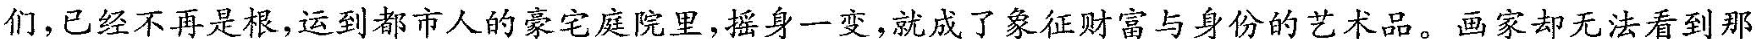
们，已经不再是根，运到都市人的豪宅庭院里，摇身一变，就成了象征财富与身份的艺术品。画家却无法看到那